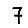
Digit: 7